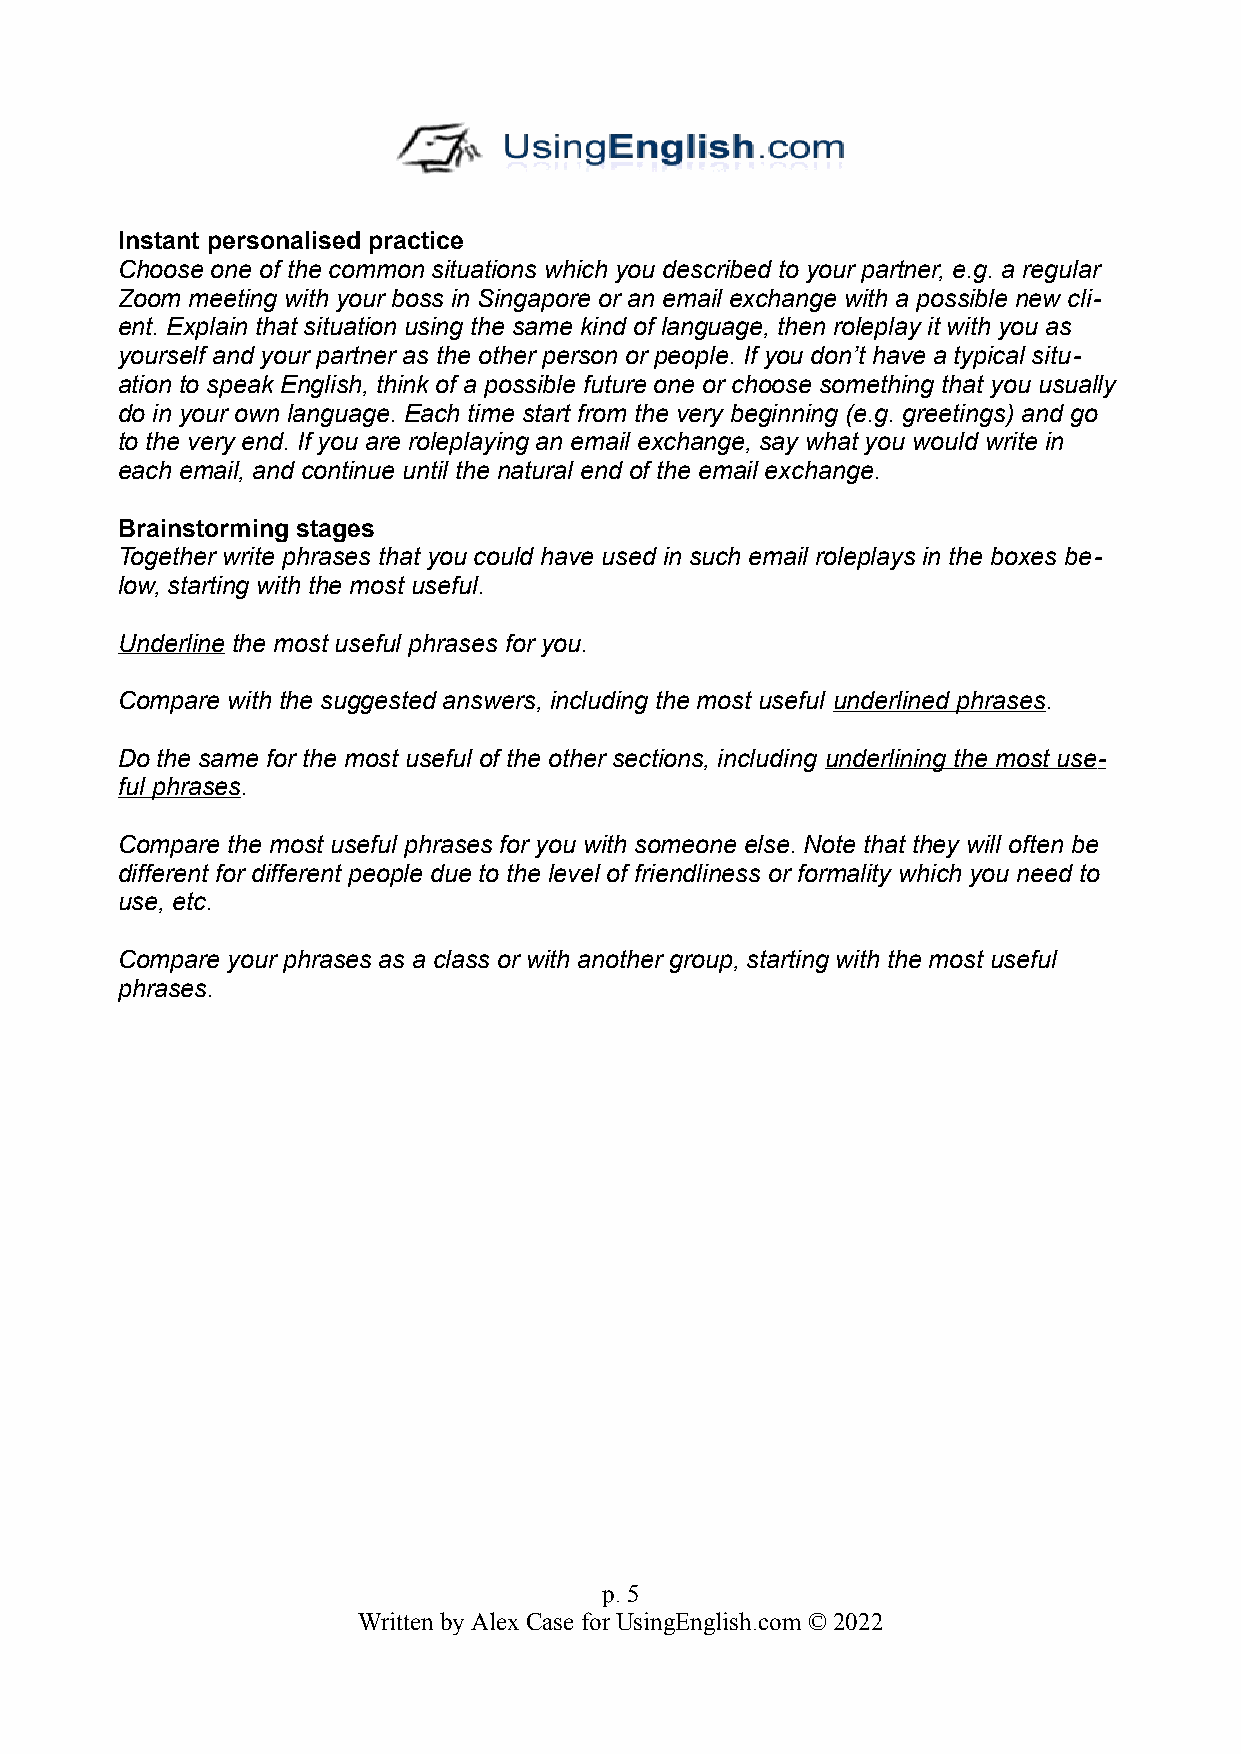
Instant personalised practice
 Choose one of the common situations which you described to your partner, e.g. a regular
 Zoom meeting with your boss in Singapore or an email exchange with a possible new cli-
 ent. Explain that situation using the same kind of language, then roleplay it with you as
 yourself and your partner as the other person or people. If you don’t have a typical situ-
 ation to speak English, think of a possible future one or choose something that you usually
 do in your own language. Each time start from the very beginning (e.g. greetings) and go
 to the very end. If you are roleplaying an email exchange, say what you would write in
 each email, and continue until the natural end of the email exchange.
 Brainstorming stages
 Together write phrases that you could have used in such email roleplays in the boxes be-
 low, starting with the most useful.
 Underline the most useful phrases for you.
 Compare with the suggested answers, including the most useful underlined phrases.
 Do the same for the most useful of the other sections, including underlining the most use-
 ful phrases.
 Compare the most useful phrases for you with someone else. Note that they will often be
 different for different people due to the level of friendliness or formality which you need to
 use, etc.
 Compare your phrases as a class or with another group, starting with the most useful
 phrases.
 p. 5
 Written by Alex Case for UsingEnglish.com © 2022